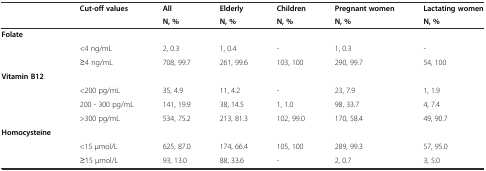
<table><thead><tr><td rowspan="2"></td><td rowspan="2"><b>Cut-off values</b></td><td><b>All</b></td><td><b>Elderly</b></td><td><b>Children</b></td><td><b>Pregnant women</b></td><td><b>Lactating women</b></td></tr><tr><td><b>N, %</b></td><td><b>N, %</b></td><td><b>N, %</b></td><td><b>N, %</b></td><td><b>N, %</b></td></tr></thead><tbody><tr><td><b>Folate</b></td><td></td><td></td><td></td><td></td><td></td><td></td></tr><tr><td rowspan="2"></td><td>&lt;4 ng/mL</td><td>2, 0.3</td><td>1, 0.4</td><td>-</td><td>1, 0.3</td><td>-</td></tr><tr><td>≥4 ng/mL</td><td>708, 99.7</td><td>261, 99.6</td><td>103, 100</td><td>290, 99.7</td><td>54, 100</td></tr><tr><td><b>Vitamin B12</b></td><td></td><td></td><td></td><td></td><td></td><td></td></tr><tr><td rowspan="3"></td><td>&lt;200 pg/mL</td><td>35, 4.9</td><td>11, 4.2</td><td>-</td><td>23, 7.9</td><td>1, 1.9</td></tr><tr><td>200 - 300 pg/mL</td><td>141, 19.9</td><td>38, 14.5</td><td>1, 1.0</td><td>98, 33.7</td><td>4, 7.4</td></tr><tr><td>&gt;300 pg/mL</td><td>534, 75.2</td><td>213, 81.3</td><td>102, 99.0</td><td>170, 58.4</td><td>49, 90.7</td></tr><tr><td><b>Homocysteine</b></td><td></td><td></td><td></td><td></td><td></td><td></td></tr><tr><td rowspan="2"></td><td>&lt;15 μmol/L</td><td>625, 87.0</td><td>174, 66.4</td><td>105, 100</td><td>289, 99.3</td><td>57, 95.0</td></tr><tr><td>≥15 μmol/L</td><td>93, 13.0</td><td>88, 33.6</td><td>-</td><td>2, 0.7</td><td>3, 5.0</td></tr></tbody></table>